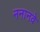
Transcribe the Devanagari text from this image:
ननानवे